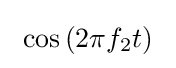
\ \cos \left(2\pi f_{2}t\right)\